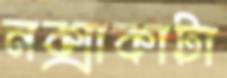
নক্সাকাটা